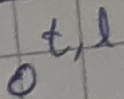
Text: Ot,l